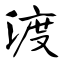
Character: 渡